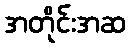
အတိုင်းအဆ